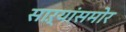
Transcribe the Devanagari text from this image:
साऱ्यांसमोर